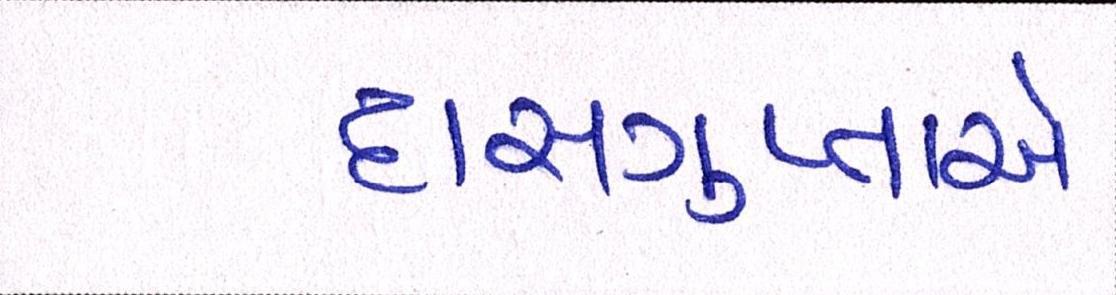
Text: દાસગુપ્તાએ